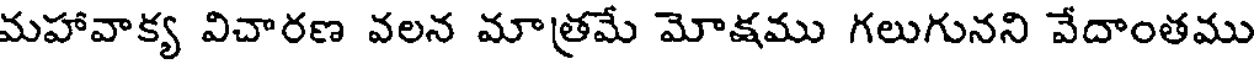
మహావాక్య విచారణ వలన మాత్రమే మోక్షము గలుగునని వేదాంతము